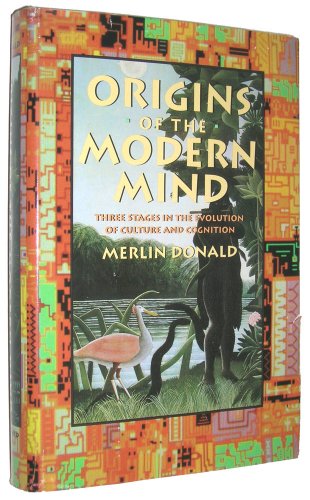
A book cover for Origins of the Modern Mind: Three Stages in the Evolution of Culture and Cognition; Merlin Donald; Medical Books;